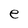
Character: e